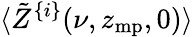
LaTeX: \langle\tilde{Z}^{\{ i\} }(\nu,z_{\mathrm{mp}},0)\rangle